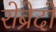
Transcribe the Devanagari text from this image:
रोब्रेदो